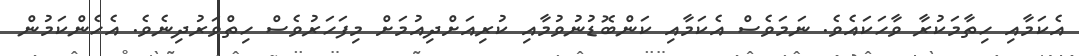
އެކަމާއި ހިތާމަކުރާ ވާހަކައެވެ. ނަމަވެސް އެކަމާއި ކަންބޮޑުނުވުމާއި ކުރިއަށްދިއުމަށް މިފަހަރުވެސް ހިތްވަރުދިނެވެ. އެހެންކަމުން